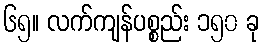
၆၅။ လက်ကျန်ပစ္စည်း ၁၅၀ ခု